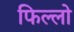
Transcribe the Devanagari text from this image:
फिल्लो